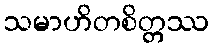
သမာဟိတစိတ္တဿ